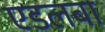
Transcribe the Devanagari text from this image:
एडलबा